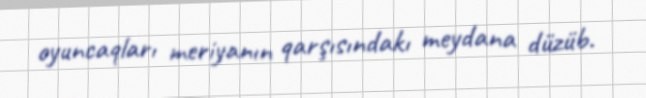
oyuncaqları meriyanın qarşısındakı meydana düzüb.